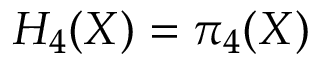
H _ { 4 } ( X ) = \pi _ { 4 } ( X )